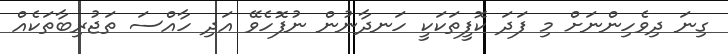
ގިނަ ދިވެހިންނަށް މި ފަދަ ކޮފީތަކަކީ ހަނދާނުން ނުފޮހެވޭ އަދި ހާއްސަ ތަޖުރިބާތަކެއް